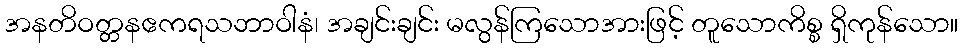
အနတိဝတ္တနဧကရသဘာဝါနံ၊ အချင်းချင်း မလွန်ကြသောအားဖြင့် တူသောကိစ္စ ရှိကုန်သော။